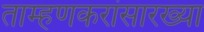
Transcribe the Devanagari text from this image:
ताम्हणकरांसारख्या